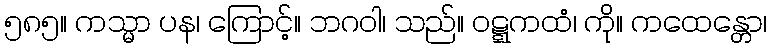
၅၈၅။ ကသ္မာ ပန၊ ကြောင့်။ ဘဂဝါ၊ သည်။ ဝဋ္ဋကထံ၊ ကို။ ကထေန္တော၊